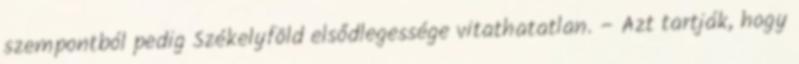
szempontból pedig Székelyföld elsődlegessége vitathatatlan. – Azt tartják, hogy